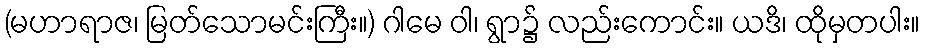
(မဟာရာဇ၊ မြတ်သောမင်းကြီး။) ဂါမေ ဝါ၊ ရွာ၌ လည်းကောင်း။ ယဒိ၊ ထိုမှတပါး။